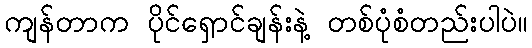
ကျန်တာက ပိုင်ရှောင်ချန်းနဲ့ တစ်ပုံစံတည်းပါပဲ။